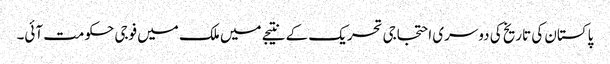
پاکستان کی تاریخ کی دوسری احتجاجی تحریک کے نتیجے میں ملک میں فوجی حکومت آئی۔